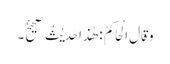
وَقَالَ الْحَاکِمُ : ھٰذَا حَدِیْثٌ صَحِیْحٌ۔